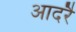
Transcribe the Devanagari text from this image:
आदरै